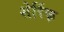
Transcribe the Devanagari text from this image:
शेर्रिफ